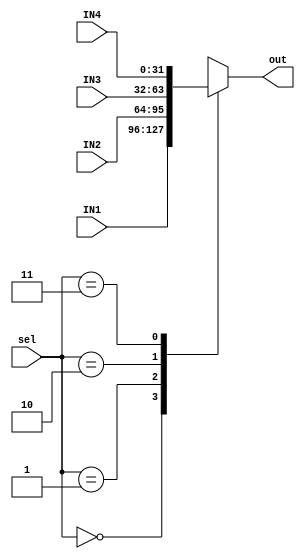
module MUX4#(
    parameter WIDTH  =32  
) ( 
    input wire [WIDTH-1:0] IN1,IN2,IN3,IN4,
    input wire [1:0]       sel,
    output reg [WIDTH-1:0] out         
);

always @(*) begin
    case(sel)
    2'b00: out = IN1 ;
    2'b01: out = IN2 ;
    2'b10: out = IN3 ;
    2'b11: out = IN4 ;
    endcase
end
    
endmodule